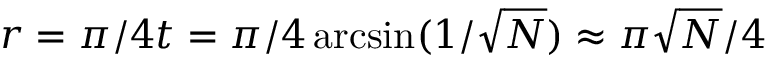
r = \pi / 4 t = \pi / 4 \arcsin ( 1 / { \sqrt { N } } ) \approx \pi { \sqrt { N } } / 4